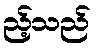
ည့်သည်